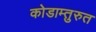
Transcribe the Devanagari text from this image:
कोडाम्तुरुत